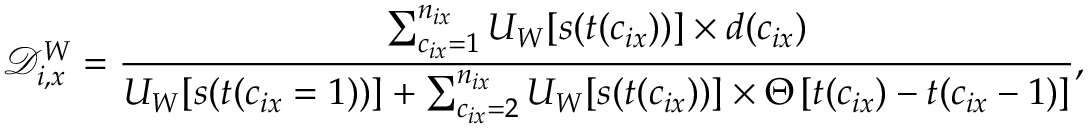
\mathcal { D } _ { i , x } ^ { W } = \frac { \sum _ { c _ { i x } = 1 } ^ { n _ { i x } } U _ { W } [ s ( t ( c _ { i x } ) ) ] \times d ( c _ { i x } ) } { U _ { W } [ s ( t ( c _ { i x } = 1 ) ) ] + \sum _ { c _ { i x } = 2 } ^ { n _ { i x } } U _ { W } [ s ( t ( c _ { i x } ) ) ] \times \Theta \left[ t ( c _ { i x } ) - t ( c _ { i x } - 1 ) \right] } ,